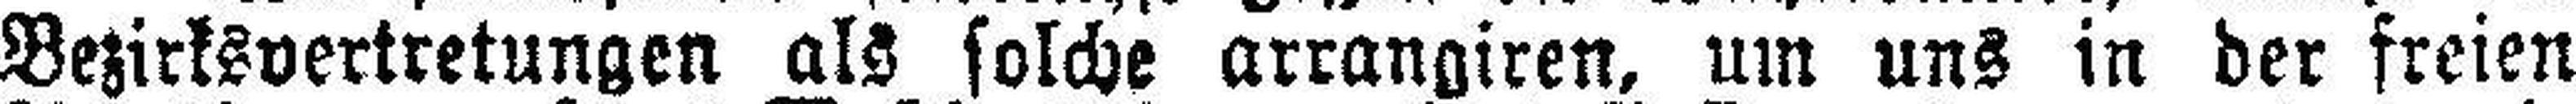
Bezirksvertretungen als solche arrangiren, um uns in der freien